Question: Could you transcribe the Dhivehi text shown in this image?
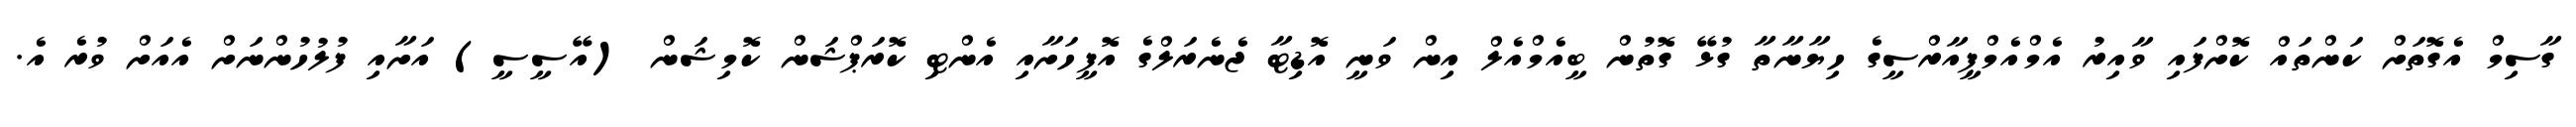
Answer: ގާސިމް އެގޮތަށް ކަންތައް ކޮށްފައި ވާއިރު އެމްއެމްޕީއާރްސީގެ ހިޔާނާތާ ގުޅޭ ގޮތުން ބީއެމްއެލް އިން ވަނީ އޮޑިޓާ ޖެނެރަލްގެ އޮފީހަށާއި އެންޓި ކޮރަޕްޝަން ކޮމިޝަން (އޭސީސީ) އަށާއި ފުލުހުންނަށް އެއަށް ވުރެ އެ.